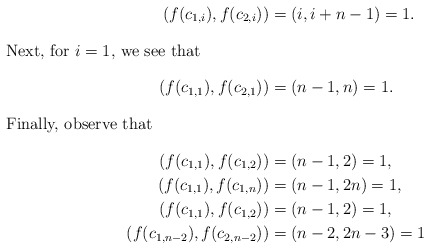
\begin{align*}(f(c_{1,i}),f(c_{2,i}))&=(i,i+n-1)=1.\intertext{Next, for $i=1$, we see that}(f(c_{1,1}),f(c_{2,1}))&=(n-1,n)=1.\intertext{Finally, observe that}(f(c_{1,1}),f(c_{1,2}))&=(n-1,2)=1,\\(f(c_{1,1}),f(c_{1,n}))&=(n-1,2n)=1,\\(f(c_{1,1}),f(c_{1,2}))&=(n-1,2)=1,\\(f(c_{1,n-2}),f(c_{2,n-2}))&=(n-2,2n-3)=1\end{align*}